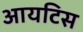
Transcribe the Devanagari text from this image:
आयटिस